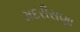
મદરીસણા